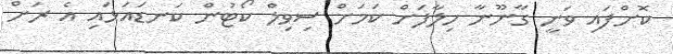
ކޮށްފައި ވަނީ ގާނޫނާ ހިލާފަށް ކަމަށް ސިވިލް ކޯޓުން ކަނޑައަޅައި އެ ރަށް